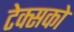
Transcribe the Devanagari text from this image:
टेक्सको